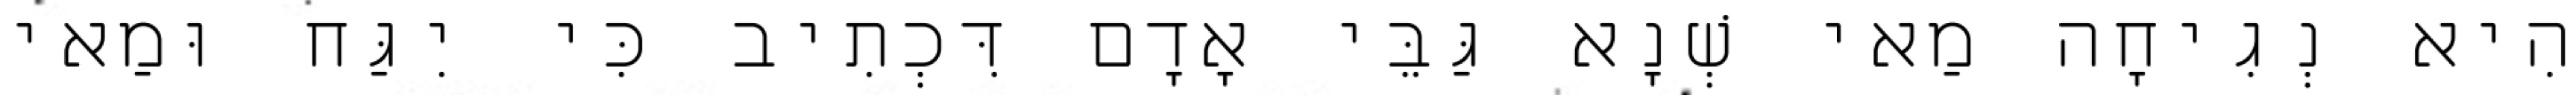
הִיא נְגִיחָה מַאי שְׁנָא גַּבֵּי אָדָם דִּכְתִיב כִּי יִגַּח וּמַאי